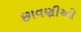
છાવણીઓ